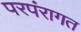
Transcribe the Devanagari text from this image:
परपंरागत